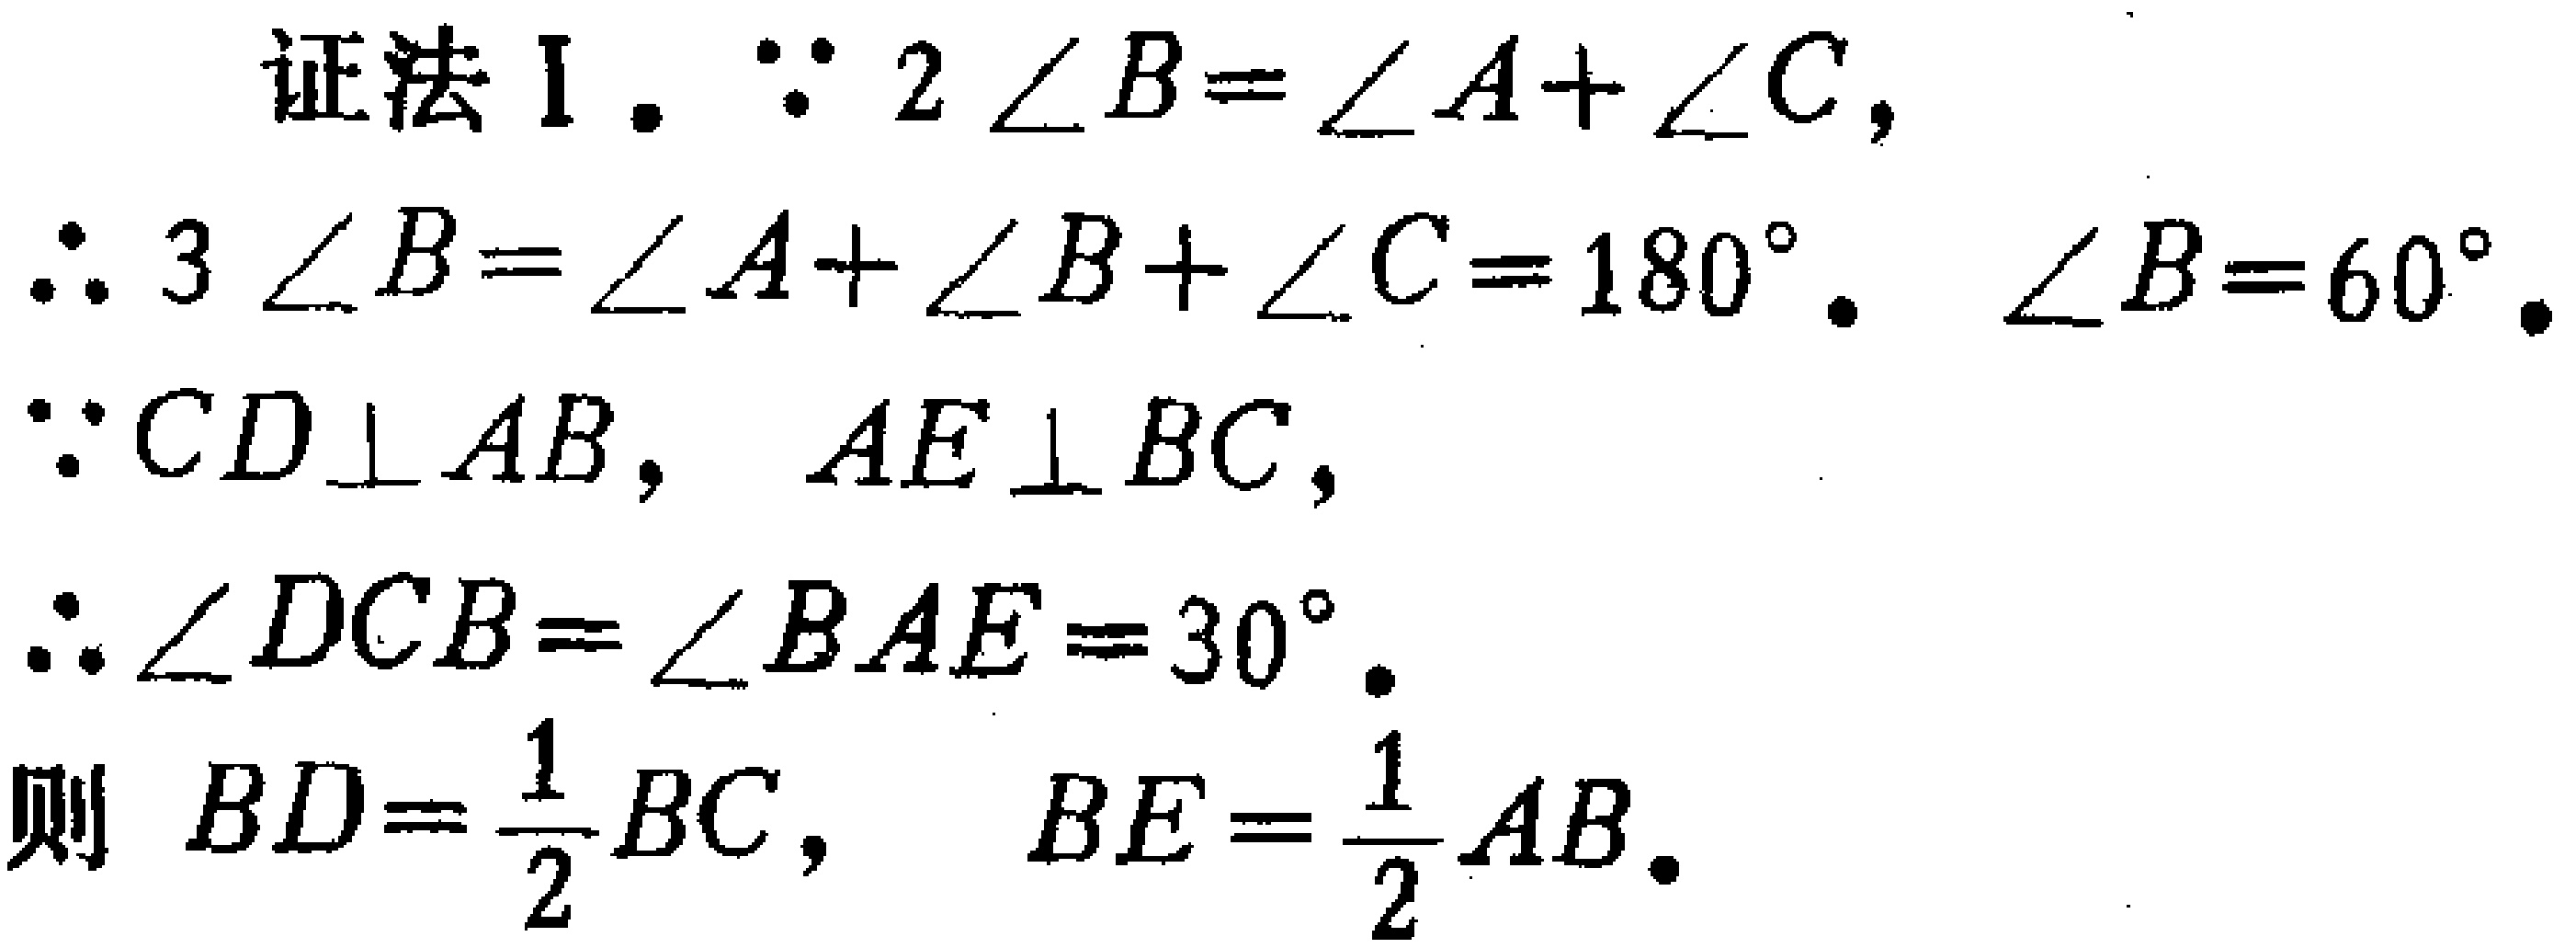
证法 I. $\because 2\angle B = \angle A+\angle C$,
$\therefore 3\angle B=\angle A+\angle B+\angle C = 180^{\circ}$. $\angle B = 60^{\circ}$.
$\because CD\perp AB$, $AE\perp BC$,
$\therefore \angle DCB=\angle BAE = 30^{\circ}$.
则 $BD=\frac{1}{2}BC$, $BE=\frac{1}{2}AB$.